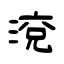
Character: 渷